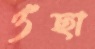
ওঁছা